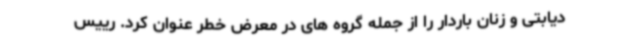
دیابتی و زنان باردار را از جمله گروه های در معرض خطر عنوان کرد. رییس